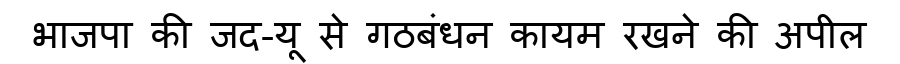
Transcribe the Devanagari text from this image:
भाजपा की जद-यू से गठबंधन कायम रखने की अपील